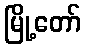
မြို့တော်